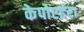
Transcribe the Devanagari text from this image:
केपोएईरा